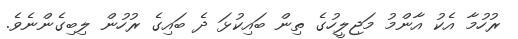
ރުހުމާ އެކު އާންމު މަޖިލީހުގެ ތިން ބައިކުޅަ ދެ ބައިގެ ރުހުން ލިބިގެންނެވެ.